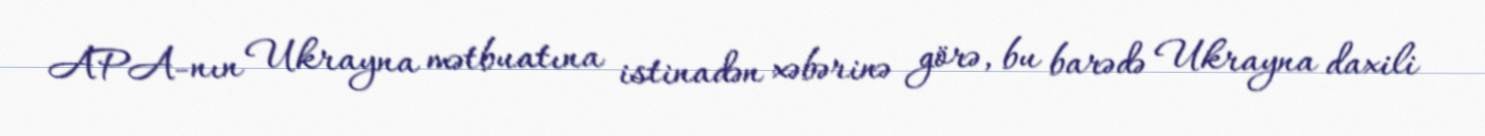
APA-nın Ukrayna mətbuatına istinadən xəbərinə görə, bu barədə Ukrayna daxili